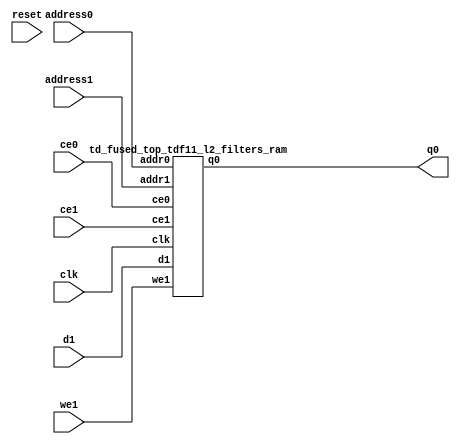
`define EXPONENT 5
`define MANTISSA 10
`define ACTUAL_MANTISSA 11
`define EXPONENT_LSB 10
`define EXPONENT_MSB 14
`define MANTISSA_LSB 0
`define MANTISSA_MSB 9
`define MANTISSA_MUL_SPLIT_LSB 3
`define MANTISSA_MUL_SPLIT_MSB 9
`define SIGN 1
`define SIGN_LOC 15
`define DWIDTH (`SIGN+`EXPONENT+`MANTISSA)
`define IEEE_COMPLIANCE 1

module td_fused_top_tdf11_l2_filters(
    reset,
    clk,
    address0,
    ce0,
    q0,
    address1,
    ce1,
    we1,
    d1);

parameter DataWidth = 32'd16;
parameter AddressRange = 32'd65536;
parameter AddressWidth = 32'd16;
input reset;
input clk;
input[AddressWidth - 1:0] address0;
input ce0;
output[DataWidth - 1:0] q0;
input[AddressWidth - 1:0] address1;
input ce1;
input we1;
input[DataWidth - 1:0] d1;



td_fused_top_tdf11_l2_filters_ram td_fused_top_tdf11_l2_filters_ram_U(
    .clk( clk ),
    .addr0( address0 ),
    .ce0( ce0 ),
    .q0( q0 ),
    .addr1( address1 ),
    .ce1( ce1 ),
    .we1( we1 ),
    .d1( d1 )
);

endmodule
module td_fused_top_tdf11_l2_filters_ram (addr0, ce0, q0, addr1, ce1, d1, we1,  clk);

parameter DWIDTH = 16;
parameter AWIDTH = 16;
parameter MEM_SIZE = 65536;

input[AWIDTH-1:0] addr0;
input ce0;
output wire[DWIDTH-1:0] q0;
input[AWIDTH-1:0] addr1;
input ce1;
input[DWIDTH-1:0] d1;
input we1;
input clk;

 reg [DWIDTH-1:0] ram[MEM_SIZE-1:0];
wire [AWIDTH-1:0] addr0_t0; 
reg [AWIDTH-1:0] addr0_t1; 
reg [DWIDTH-1:0] q0_t0;
reg [DWIDTH-1:0] q0_t1;
wire [AWIDTH-1:0] addr1_t0; 
reg [AWIDTH-1:0] addr1_t1; 
wire [DWIDTH-1:0] d1_t0; 
wire we1_t0; 
reg [DWIDTH-1:0] d1_t1; 
reg we1_t1; 


assign addr0_t0 = addr0;
assign q0 = q0_t1;
assign addr1_t0 = addr1;
assign d1_t0 = d1;
assign we1_t0 = we1;

always @(posedge clk)  
begin
    if (ce0) 
    begin
        addr0_t1 <= addr0_t0; 
        q0_t1 <= q0_t0;
    end
    if (ce1) 
    begin
        addr1_t1 <= addr1_t0; 
        d1_t1 <= d1_t0;
        we1_t1 <= we1_t0;
    end
end


always @(posedge clk)  
begin 
    if (ce0) begin
        q0_t0 <= ram[addr0_t1];
    end
end


always @(posedge clk)  
begin 
    if (ce1) begin
        if (we1_t1) 
            ram[addr1_t1] <= d1_t1; 
    end
end


endmodule